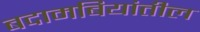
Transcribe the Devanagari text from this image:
बदामबियांतील